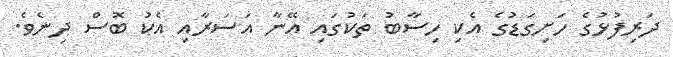
ދަރިފުޅުގެ ހަށިގަޑުގެ އެކި ހިސާބު ތަކުގައި އޭނާ އަސަރާއި އެކު ބޮސް ދިނެވެ.